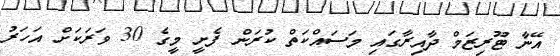
އޭނާ ޓޫރިޒަމް ދާއިރާގައި މަސައްކަތް ކުރަން ފެށީ މީގެ 30 ވަރަކަށް އަހަރު